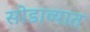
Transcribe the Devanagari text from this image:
सोडाव्यात